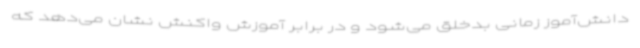
دانش‌آموز زمانی بدخلق می‌شود و در برابر آموزش واکنش نشان می‌دهد که